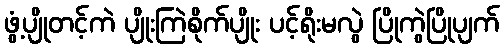
ဖွံ့ပျိုတင့်ကဲ ပျိုးကြဲစိုက်ပျိုး ပင့်ရိုးမလွဲ ပြိုကွဲပြိုပျက်